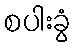
စပါးခွံ